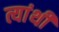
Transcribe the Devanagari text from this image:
त्यांथी